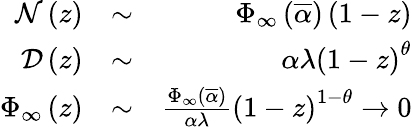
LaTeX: \begin{array}{rlr}{{\cal N}\left(z\right)}&{\sim}&{\Phi_{\infty}\left(\overline{{\alpha}}\right)\left(1-z\right)}\\ {{\cal D}\left(z\right)}&{\sim}&{\alpha\lambda\left(1-z\right)^{\theta}}\\ {\Phi_{\infty}\left(z\right)}&{\sim}&{\frac{\Phi_{\infty}\left(\overline{{\alpha}}\right)}{\alpha\lambda}\left(1-z\right)^{1-\theta}\rightarrow 0}\end{array}